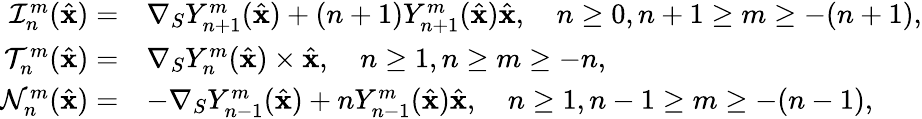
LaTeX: \begin{array}{rl}{\mathcal{I}_{n}^{m}(\hat{\mathbf{x}})=}&{\nabla_{S}Y_{n+1}^{m}(\hat{\mathbf{x}})+(n+1)Y_{n+1}^{m}(\hat{\mathbf{x}})\hat{\mathbf{x}},\quad n\geq 0,n+1\geq m\geq-(n+1),}\\ {\mathcal{T}_{n}^{m}(\hat{\mathbf{x}})=}&{\nabla_{S}Y_{n}^{m}(\hat{\mathbf{x}})\times\hat{\mathbf{x}},\quad n\geq 1,n\geq m\geq-n,}\\ {\mathcal{N}_{n}^{m}(\hat{\mathbf{x}})=}&{-\nabla_{S}Y_{n-1}^{m}(\hat{\mathbf{x}})+nY_{n-1}^{m}(\hat{\mathbf{x}})\hat{\mathbf{x}},\quad n\geq 1,n-1\geq m\geq-(n-1),}\end{array}